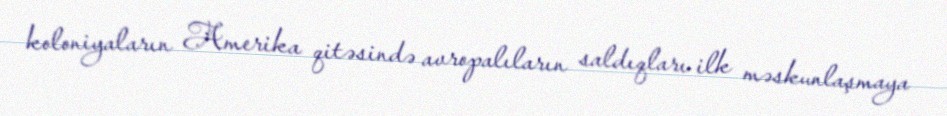
koloniyaların Amerika qitəsində avropalıların saldıqları ilk məskunlaşmaya